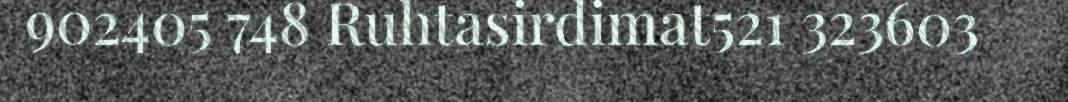
902405 748 Ruhtasirdimat521 323603